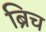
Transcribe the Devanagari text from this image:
ब्रिच